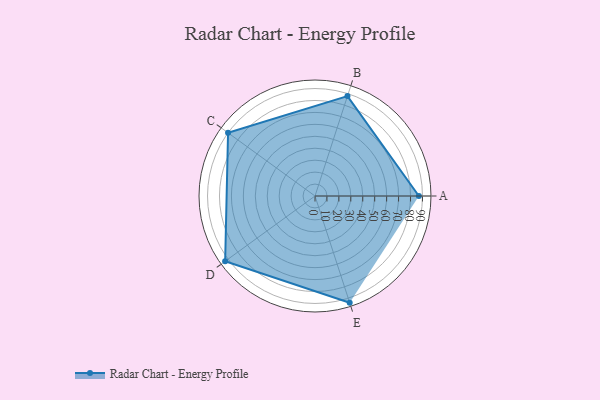
{"axis": {"x": "Skill", "y": "Score"}, "legend": ["Profile"], "data": [{"x": "A", "y": 87.0, "type": "Profile"}, {"x": "B", "y": 88.0, "type": "Profile"}, {"x": "C", "y": 90.0, "type": "Profile"}, {"x": "D", "y": 93.0, "type": "Profile"}, {"x": "E", "y": 94.0, "type": "Profile"}]}